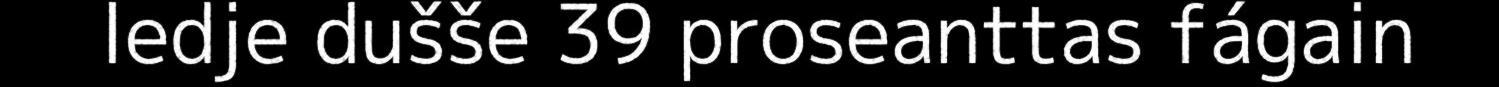
ledje dušše 39 proseanttas fágain